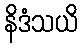
နိဒံသယိ